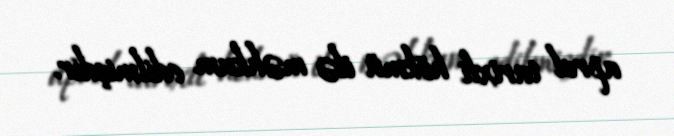
aprel tarixli hökmü ilə məhkum edilmişdir.